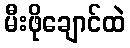
မီးဖိုချောင်ထဲ